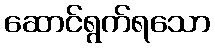
ဆောင်ရွက်ရသော